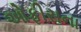
ઓફીસના